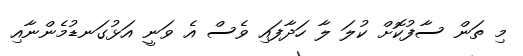
މި ތަން ސާފުކޮށް ކުލަ ލާ ހަދާފައި ވެސް އެ ވަނީ އަޅުގަނޑުމެންނާއި